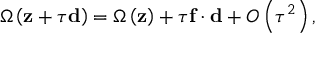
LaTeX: \Omega \left( \mathbf { z } + \tau \mathbf { d } \right) = \Omega \left( \mathbf { z } \right) + \tau \mathbf { f } \cdot \mathbf { d } + O \left( \tau ^ { 2 } \right) ,